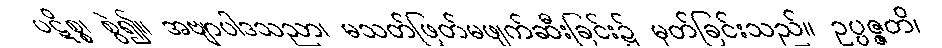
ပဋိစ္စ၊ စွဲ၍။ အဗျာပါဒသညာ၊ မသတ်ဖြတ်မဖျက်ဆီးခြင်း၌ မှတ်ခြင်းသည်။ ဥပ္ပဇ္ဇတိ၊